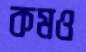
কমও